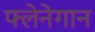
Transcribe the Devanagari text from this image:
फ्लेनेगान